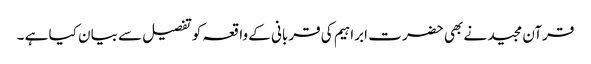
قرآن مجید نے بھی حضر ت ابراہیم کی قربانی کے واقعہ کوتفصیل سے بیان کیا ہے ۔